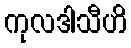
ကုလဒါသီဟိ